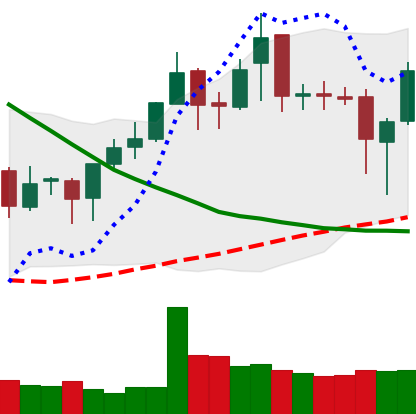
Ticker: XMR-USD
Chart end date: 2019-03-27
Forward return: 9.58%
Label: up_7plus